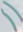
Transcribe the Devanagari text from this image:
र्‍